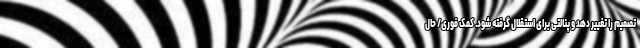
تصمیم را تغییر دهد و پنالتی برای استقلال گرفته شود. کمک فوری/ حال